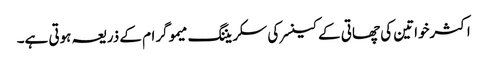
اکثرخواتین کی چھاتی کے کینسرکی سکریننگ میموگرام کے ذریعہ ہوتی ہے۔